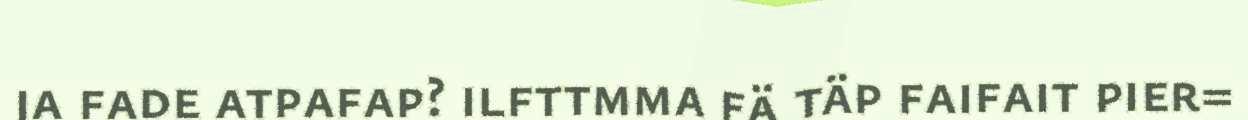
ja fade atpafap? ilfttmma fä täp faifait pier=